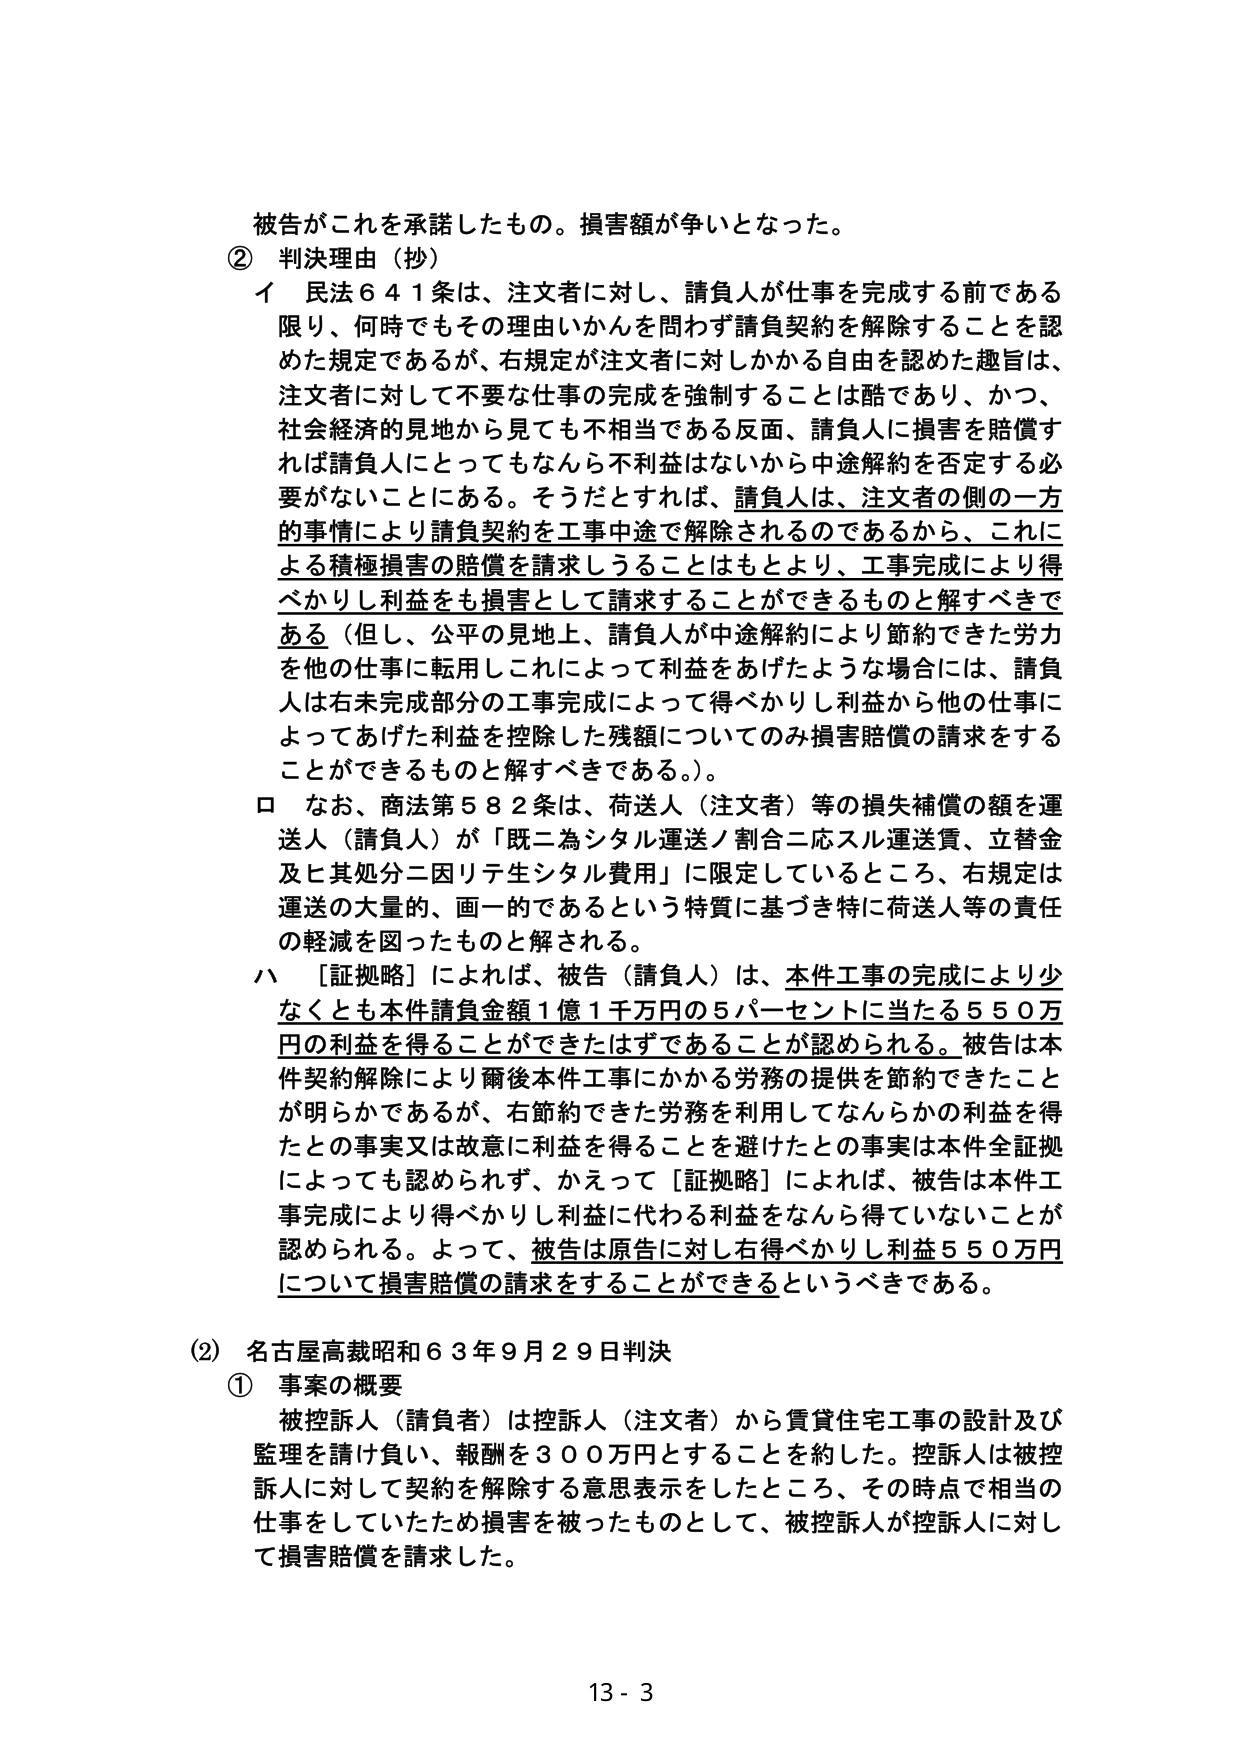
被告がこれを承諾したもの。損害額が争いとなった。

② 判決理由（抄）

イ 民法６４１条は、注文者に対し、請負人が仕事を完成する前である限り、何時でもその理由いかんを問わず請負契約を解除することを認めた規定であるが、右規定が注文者に対しかかる自由を認めた趣旨は、注文者に対して不要な仕事の完成を強制することは酷であり、かつ、社会経済的見地から見ても不相当である反面、請負人に損害を賠償すれば請負人にとってもなんら不利益はないから中途解約を否定する必要がないことにある。そうだとすれば、請負人は、注文者の側の一方的事情により請負契約を工事中途で解除されるのであるから、これによる積極損害の賠償を請求しうることはもとより、工事完成により得べかりし利益をも損害として請求することができるものと解すべきである（但し、公平の見地上、請負人が中途解約により節約できた労力を他の仕事に転用しこれによって利益をあげたような場合には、請負人は右未完成部分の工事完成によって得べかりし利益から他の仕事によってあげた利益を控除した残額についてのみ損害賠償の請求をすることができるものと解すべきである。）。

ロ なお、商法第５８２条は、荷送人（注文者）等の損失補償の額を運送人（請負人）が「既二為シタル運送ノ割合二応スル運送賃、立替金及ヒ其処分二因リテ生シタル費用」に限定しているところ、右規定は運送の大量的、画一的であるという特質に基づき特に荷送人等の責任の軽減を図ったものと解される。

ハ ［証拠略］によれば、被告（請負人）は、本件工事の完成により少なくとも本件請負金額１億１千万円の５パーセントに当たる５５０万円の利益を得ることができたはずであることが認められる。被告は本件契約解除により爾後本件工事にかかる労務の提供を節約できたことが明らかであるが、右節約できた労務を利用してなんらかの利益を得たとの事実又は故意に利益を得ることを避けたとの事実は本件全証拠によっても認められず、かえって［証拠略］によれば、被告は本件工事完成により得べかりし利益に代わる利益をなんら得ていないことが認められる。よって、被告は原告に対し右得べかりし利益５５０万円について損害賠償の請求をすることができるというべきである。

（2） 名古屋高裁昭和６３年９月２９日判決

① 事案の概要

被控訴人（請負者）は控訴人（注文者）から賃貸住宅工事の設計及び監理を請け負い、報酬を３００万円とすることを約した。控訴人は被控訴人に対して契約を解除する意思表示をしたところ、その時点で相当の仕事をしていたため損害を被ったものとして、被控訴人が控訴人に対して損害賠償を請求した。

13 - 3